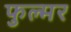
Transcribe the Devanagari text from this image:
फुल्मर